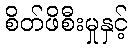
စိတ်ဖိစီးမှုနှင့်